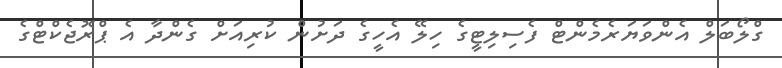
ގްލޯބަލް އެންވަޔަރެމެންޓް ފެސިލިޓީގެ ހިލޭ އެހީގެ ދަށުން ކުރިއަށް ގެންދާ އެ ޕްރޮޖެކްޓްގެ